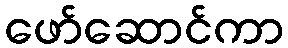
ဖော်ဆောင်ကာ